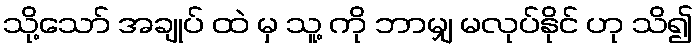
သို့သော် အချုပ် ထဲ မှ သူ့ ကို ဘာမျှ မလုပ်နိုင် ဟု သိ၍